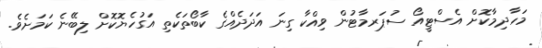
މަހާދިމާކޮށް އެސްޓީއޯ ސުޕަރމާޓުން ވިއްކާ ގިނަ އަދަދެއްގެ ކާބޯތަކެތި އަގުހެޔޮކޮށް ލިބޭނެ ކަމަށެވެ.